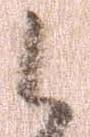
候